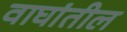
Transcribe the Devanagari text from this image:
वाघांतील